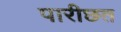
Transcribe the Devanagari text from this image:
पारीछत